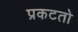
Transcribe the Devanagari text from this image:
प्रकटतो